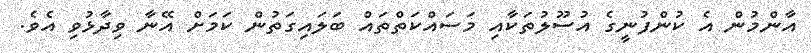
އާންމުން އެ ކުންފުނީގެ އުސޫލުތަކާއި މަސައްކަތްތައް ބަލައިގަތުން ކަމަށް އޭނާ ވިދާޅުވި އެވެ.